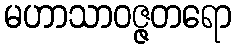
မဟာသာဝဇ္ဇတရော